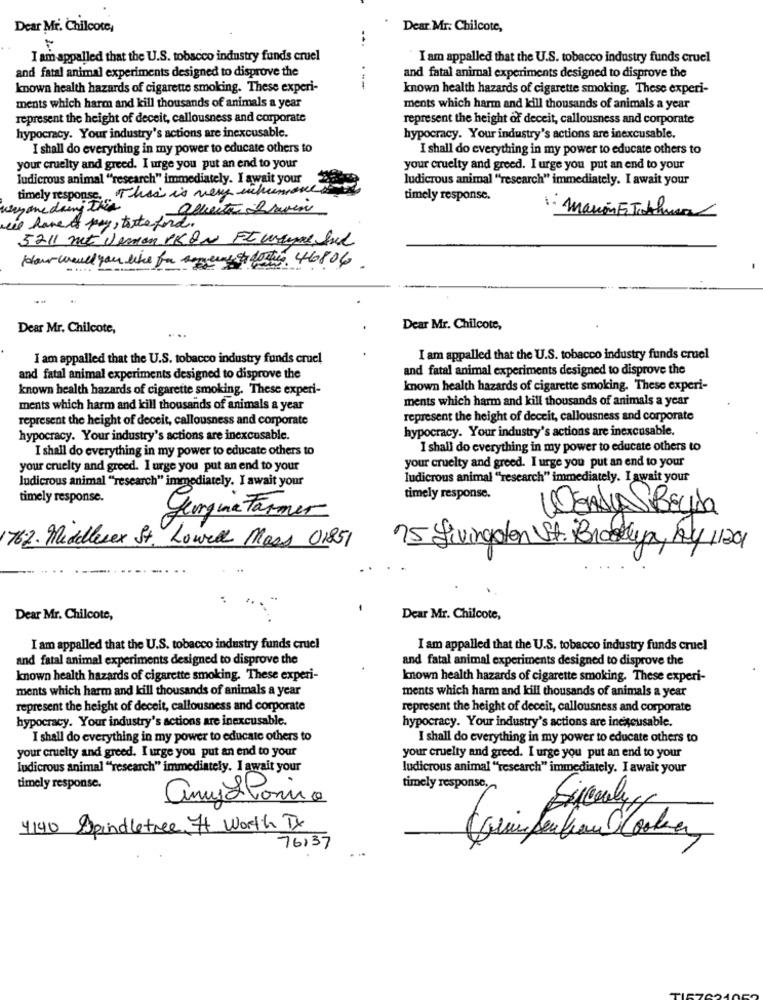
Dear Mr. Chilcote,
Dear. Mr. Chilcote,
I am appalled that the U.S. tobacco industry funds cruel
I am appalled that the U.S. tobacco industry funds cruel
and fatal animal experiments designed to disprove the
and fatal animal experiments designed to disprove the
known health hazards of cigarette smoking. These experi-
---
known health hazards of cigarette smoking. These experi-
ments which harm and kill thousands of animals a year
ments which harm and kill thousands of animals a year
represent the height of deceit, callousness and corporate
represent the height of deceit, callousness and corporate
hypocracy. Your industry's actions are inexcusable.
hypocracy. Your industry's actions are inexcusable.
I shall do everything in my power to educate others to
I shall do everything in my power to educate others to
your cruelty and greed. I urge you put an end to your
your cruelty and greed. I urge you put an end to your
ludicrous animal "research" immediately. I await your
ludicrous animal "research" immediately. I await your
timely response. This is very inhumane
timely response.
alberta Davin
1: marion Es Jukhus
all have to pay, taste ford.
5211 met Jeman PK QN Ft wayne Sul
How would you like for seems to dostin. 468.04.
Dear Mr. Chilcote,
Dear Mr. Chilcote,
I am appalled that the U.S. tobacco industry funds cruel
I am appalled that the U.S. tobacco industry funds cruel
and fatal animal experiments designed to disprove the
and fatal animal experiments designed to disprove the
known health hazards of cigarette smoking. These experi-
known health hazards of cigarette smoking. These experi-
ments which harm and kill thousands of animals a year
ments which harm and kill thousands of animals a year
represent the height of deceit, callousness and corporate
represent the height of deceit, callousness and corporate
hypocracy. Your industry's actions are inexcusable.
hypocracy. Your industry's actions are inexcusable.
I shall do everything in my power to educate others to
I shall do everything in my power to educate others to
your cruelty and greed. I urge you put an end to your
your cruelty and greed. I urge you put an end to your
ludicrous animal "'research" immediately. I await your
ludicrous animal "research" immediately. I await your
timely response.
timely response.
LEADJAS BEya
LenguaFarmer
76.2. Middlesex St, Lowel Mass 01851
75 Givingden St. Brooklyn, Ky 1201
Dear Mr. Chilcote,
Dear Mr. Chilcote,
I am appalled that the U.S. tobacco industry funds cruel
I am appalled that the U.S. tobacco industry funds cruel
and fatal animal experiments designed to disprove the
and fatal animal experiments designed to disprove the
known health hazards of cigarette smoking. These experi-
known health hazards of cigarette smoking. These experi-
ments which harm and kill thousands of animals a year
ments which harm and kill thousands of animals a year
represent the height of deceit, callousness and corporate
represent the height of deceit, callousness and corporate
hypocracy. Your industry's actions are inexcusable.
hypocracy. Your industry's actions are inexcusable.
I shall do everything in my power to educate others to
I shall do everything in my power to educate others to
your cruelty and greed. I urge you put an end to your
your cruelty and greed. I urge you put an end to your
ludicrous animal "research" immediately. I await your
ludicrous animal "research" immediately. I await your
timely response.
timely response .~
anyStoria
4140 Spindletree Ft Worth TX
76137